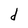
Character: d